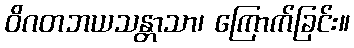
ဝိဂတဘယသန္တာသာ၊ ကြောက်ခြင်း။